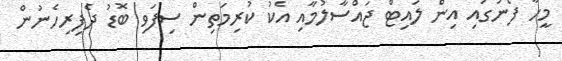
މީހާ ފޯނުގައި އިން ލައިޓް ޖައްސާލުމާއި އެކު ކުރިމަތިން ސިފަވި ބޮޑު ދެފިރިހެނުން